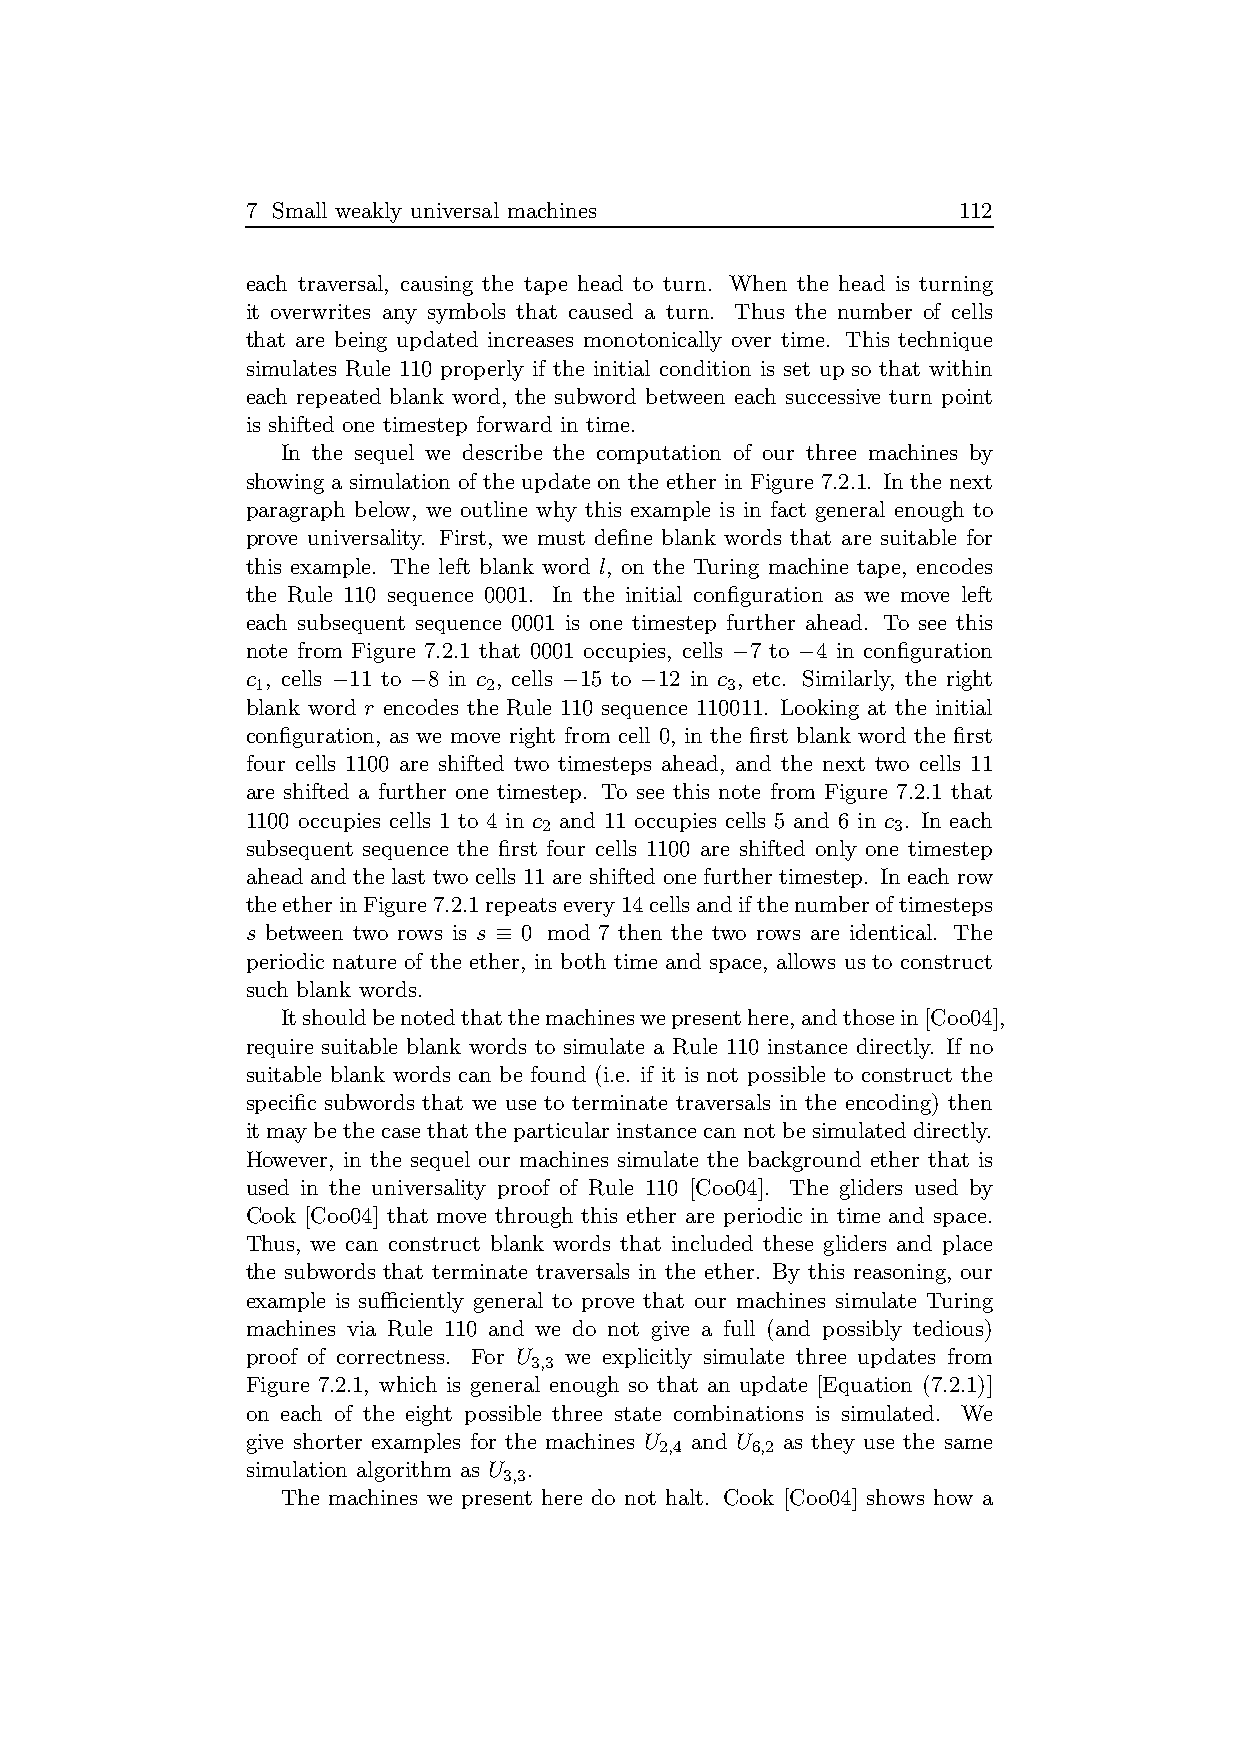
7 Small weakly universal machines              112
 each traversal, causing the tape head to turn. When the head is turning
 it overwrites any symbols that caused a turn. Thus the number of cells
 that are being updated increases monotonically over time. This technique
 simulates Rule 110 properly if the initial condition is set up so that within
 each repeated blank word, the subword between each successive turn point
 is shifted one timestep forward in time.
 In the sequel we describe the computation of our three machines by
 showing a simulation of the update on the ether in Figure 7.2.1. In the next
 paragraph below, we outline why this example is in fact general enough to
 prove universality. First, we must define blank words that are suitable for
 this example. The left blank word l, on the Turing machine tape, encodes
 the Rule 110 sequence 0001. In the initial configuration as we move left
 each subsequent sequence 0001 is one timestep further ahead. To see this
 note from Figure 7.2.1 that 0001 occupies, cells −7 to −4 in configuration
 c , cells −11 to −8 in c , cells −15 to −12 in c , etc. Similarly, the right
 1              2               3
 blank word r encodes the Rule 110 sequence 110011. Looking at the initial
 configuration, as we move right from cell 0, in the first blank word the first
 four cells 1100 are shifted two timesteps ahead, and the next two cells 11
 are shifted a further one timestep. To see this note from Figure 7.2.1 that
 1100 occupies cells 1 to 4 in c and 11 occupies cells 5 and 6 in c . In each
 2                      3
 subsequent sequence the first four cells 1100 are shifted only one timestep
 ahead and the last two cells 11 are shifted one further timestep. In each row
 theetherinFigure7.2.1repeatsevery14cellsandifthenumberoftimesteps
 s between two rows is s ≡ 0 mod 7 then the two rows are identical. The
 periodic nature of the ether, in both time and space, allows us to construct
 such blank words.
 Itshouldbenotedthatthemachineswepresenthere,andthosein[Coo04],
 require suitable blank words to simulate a Rule 110 instance directly. If no
 suitable blank words can be found (i.e. if it is not possible to construct the
 specific subwords that we use to terminate traversals in the encoding) then
 itmaybethecasethattheparticularinstancecan notbesimulated directly.
 However, in the sequel our machines simulate the background ether that is
 used in the universality proof of Rule 110 [Coo04]. The gliders used by
 Cook [Coo04] that move through this ether are periodic in time and space.
 Thus, we can construct blank words that included these gliders and place
 the subwords that terminate traversals in the ether. By this reasoning, our
 example is sufficiently general to prove that our machines simulate Turing
 machines via Rule 110 and we do not give a full (and possibly tedious)
 proof of correctness. For U we explicitly simulate three updates from
 3,3
 Figure 7.2.1, which is general enough so that an update [Equation (7.2.1)]
 on each of the eight possible three state combinations is simulated. We
 give shorter examples for the machines U and U as they use the same
 2,4   6,2
 simulation algorithm as U .
 3,3
 The machines we present here do not halt. Cook [Coo04] shows how a